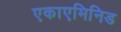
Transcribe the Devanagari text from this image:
एकाएमिनिड